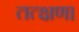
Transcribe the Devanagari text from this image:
तत्क्षण।